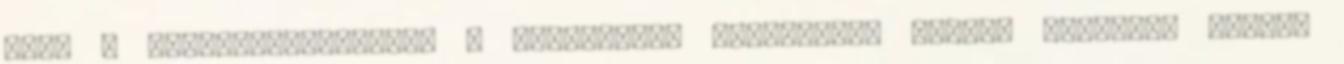
ahol a szerződéskötéstől a megbízások megadásáig minden folyamat online